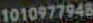
1010977948